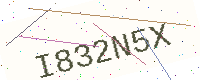
Text: I832N5X